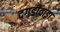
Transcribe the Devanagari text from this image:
दगडीवाडा